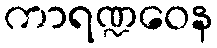
ကာရဏ္ဍဝေန